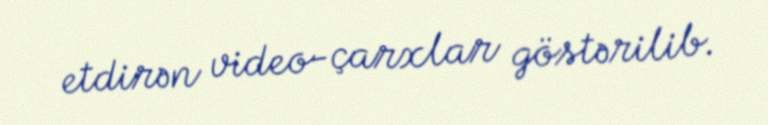
etdirən video-çarxlar göstərilib.